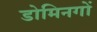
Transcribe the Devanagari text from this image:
डोमिनगों